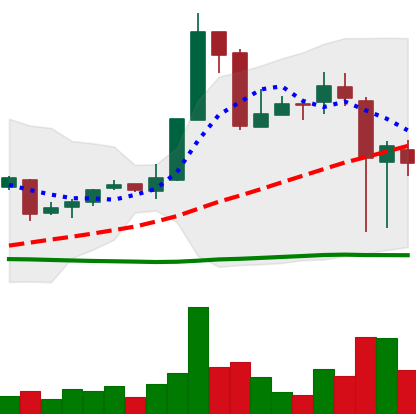
Ticker: XRP-USD
Chart end date: 2018-11-16
Forward return: -5.08%
Label: down_5_7